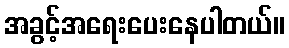
အခွင့်အရေးပေးနေပါတယ်။